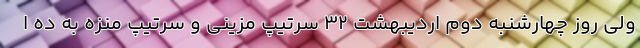
ولی روز چهارشنبه دوم اردیبهشت ۳۲ سرتیپ مزینی و سرتیپ منزه به ده ا